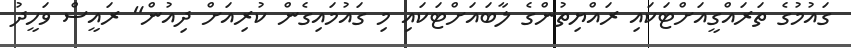
ގައުމުގެ ތަރައްގީއަށްޓަކައި ރައްޔިތުންގެ ލާބައަށްޓަކައި މި ގައުމައިގެން ކުރިއަށް ދިއުން" ރައީސް ވަހީދު